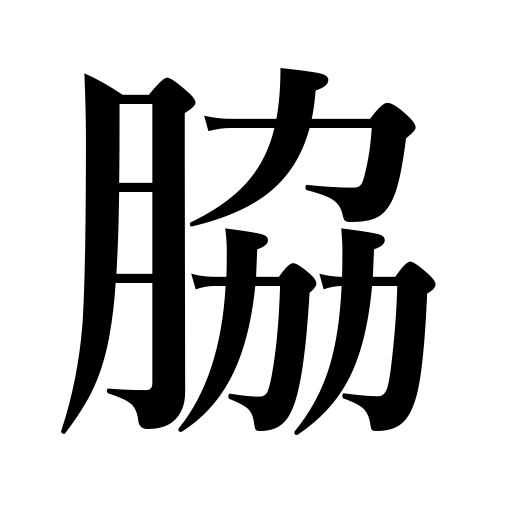
Meanings: the other way,supporting role,flank,side,armpit,another place